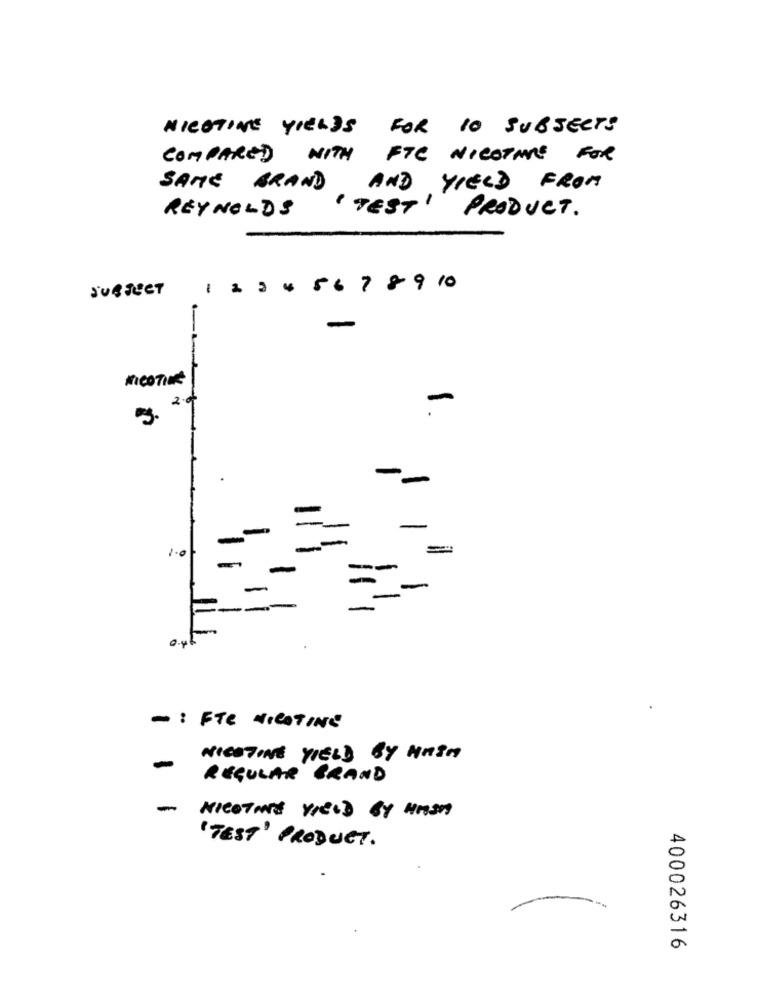
NICOTINE YIELDS FOR 10 SUBJECTS
COMPARED
WITH FTC NICOTARE FOR
SAME BRAND AND YIELD FROM
" TEST"
PRODUCT.
REYNOLDS
SUBJECT
-
56
7 8 9 10
menTine
-
5. 2.9
--
-
1.0
=
0.4
- : FTE NICOTINE
NICOTINE YIELD BY MAIN
-
REGULAR GRAND
-
NICOTIME YIELD by HASH
" TEST" PRODUCT.
400026316